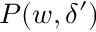
P ( w , \delta ^ { \prime } )